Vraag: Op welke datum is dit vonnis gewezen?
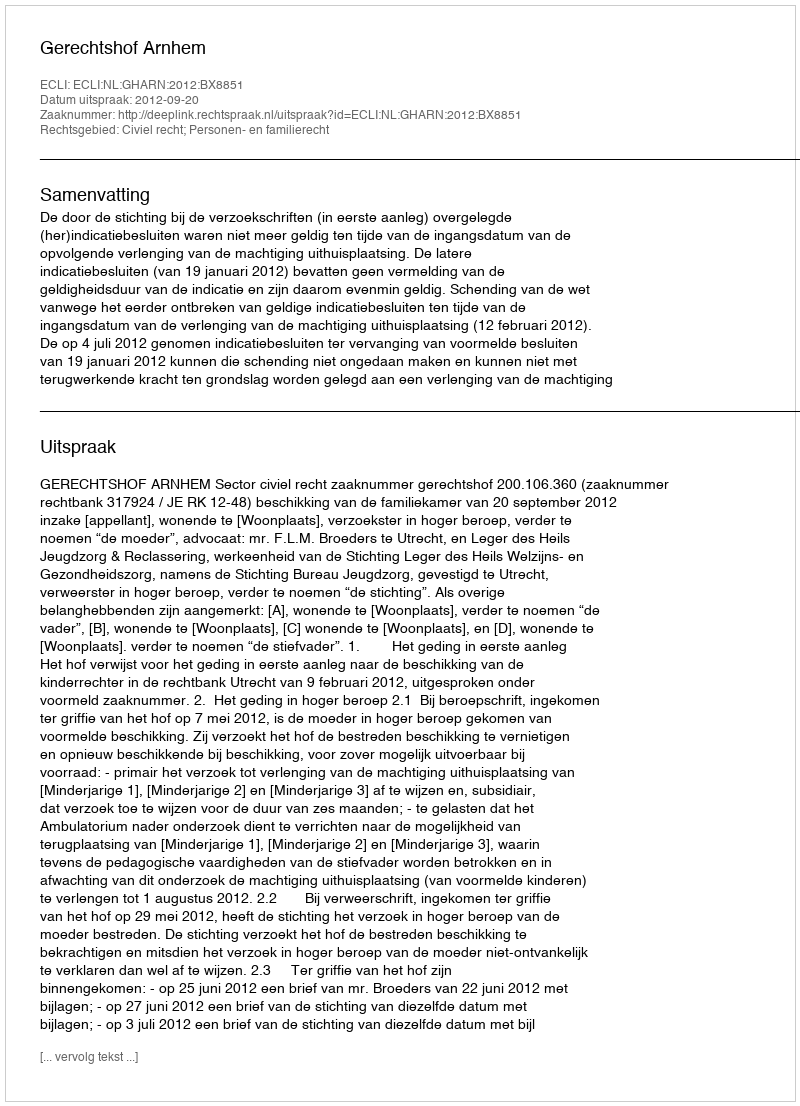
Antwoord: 2012-09-20